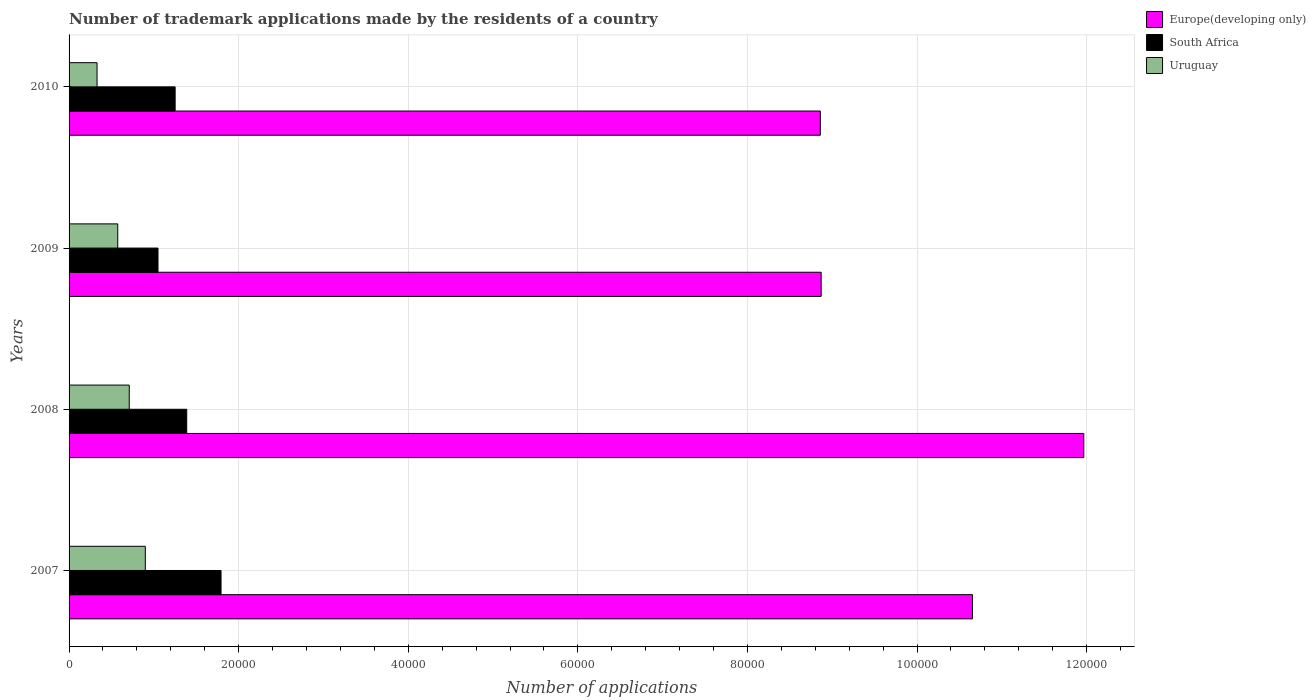
| Years | Europe(developing only) | South Africa | Uruguay |
 | --- | --- | --- | --- |
 | 2007 | 1.07e+05 | 1.79e+04 | 8.99e+03 |
 | 2008 | 1.2e+05 | 1.39e+04 | 7.1e+03 |
 | 2009 | 8.87e+04 | 1.05e+04 | 5.74e+03 |
 | 2010 | 8.86e+04 | 1.25e+04 | 3.3e+03 |